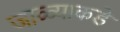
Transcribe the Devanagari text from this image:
जाळ्याकडे